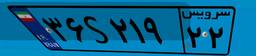
۳۶S۲۱۹۲۲